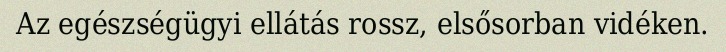
Az egészségügyi ellátás rossz, elsősorban vidéken.